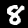
Label: 8